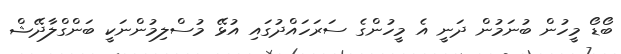
ބޯޑޯ މީހުން ބުނަމުން ދަނީ އެ މީހުންގެ ސަރަހައްދުގައި އުޅޭ މުސްލިމުންނަކީ ބަންގްލާދޭޝް